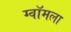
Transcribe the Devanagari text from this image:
ग्वॉमला